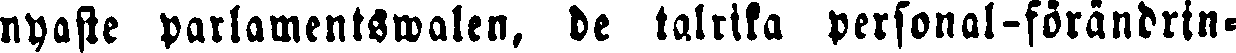
nyaste parlamentswalen, de talrika personal-förändrin-